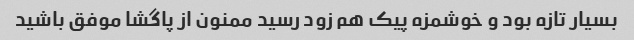
بسیار تازه بود و خوشمزه پیک هم زود رسید ممنون از پاگشا موفق باشید